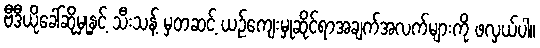
ဗီဒီယိုခေါ်ဆိုမှုနှင့် သီးသန့် မှတဆင့် ယဉ်ကျေးမှုဆိုင်ရာအချက်အလက်များကို ဖလှယ်ပါ။